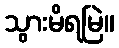
သွားမိရမြဲ။